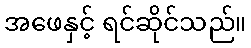
အဖေနှင့် ရင်ဆိုင်သည်။